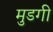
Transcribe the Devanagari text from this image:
मुडगी